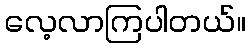
လေ့လာကြပါတယ်။